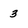
Character: 3